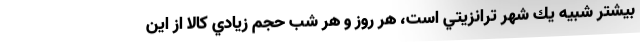
بيشتر شبيه يك شهر ترانزيتي است، هر روز و هر شب حجم زيادي كالا از اين